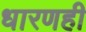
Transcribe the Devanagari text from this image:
धारणही